Annual administration report of the Civil Veterinary Department of India - 1897-1898
Year: 1897
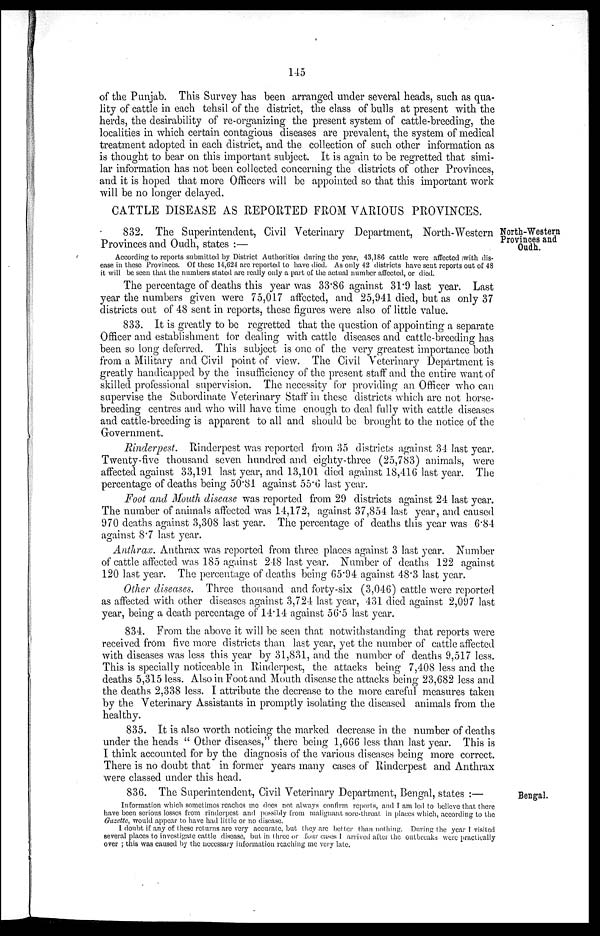
145
of the Punjab. This Survey has been arranged under several heads, such as qua-
lity of cattle in each tehsil of the district, the class of bulls at present with the
herds, the desirability of re-organizing the present system of cattle-breeding, the
localities in which certain contagious diseases are prevalent, the system of medical
treatment adopted in each district, and the collection of such other information as
is thought to bear on this important subject. It is again to be regretted that simi-
lar information has not been collected concerning the districts of other Provinces,
and it is hoped that more Officers will be appointed so that this important work
will be no longer delayed.
CATTLE DISEASE AS REPORTED FROM VARIOUS PROVINCES.
North-Western
Provinces and
Oudh.
832. The Superintendent, Civil Veterinary Department, North-Western
Provinces and Oudh, states:—
According to reports submitted by District Authorities during the year, 43,186 cattle were affected with dis-
ease in these Provinces. Of these 14,624 are reported to have died. As only 42 districts have sent reports out of 48
it will be seen that the numbers stated are really only a part of the actual number affected, or died.
The percentage of deaths this year was 33.86 against 31.9 last year. Last
year the numbers given were 75,017 affected, and 25,941 died, but as only 37
districts out of 48 sent in reports, these figures were also of little value.
833. It is greatly to be regretted that the question of appointing a separate
Officer and establishment for dealing with cattle diseases and cattle-breeding has
been so long deferred. This subject is one of the very greatest importance both
from a Military and Civil point of view. The Civil Veterinary Department is
greatly handicapped by the insufficiency of the present staff and the entire want of
skilled professional supervision. The necessity for providing an Officer who can
supervise the Subordinate Veterinary Staff in these districts which are not horse-
breeding centres and who will have time enough to deal fully with cattle diseases
and cattle-breeding is apparent to all and should be brought to the notice of the
Government.
Rinderpest.
Rinderpest was reported from 35 districts against 34 last year.
Twenty-five thousand seven hundred and eighty-three (25,783) animals, were
affected against 33,191 last year, and 13,101 died against 18,416 last year. The
percentage of deaths being 50.81 against 55.6 last year.
Foot and Mouth disease was reported from 29 districts against 24 last year.
The number of animals affected was 14,172, against 37,854 last year, and caused
970 deaths against 3,308 last year. The percentage of deaths this year was 6.84
against 8.7 last year.
Anthrax. Anthrax was reported from three places against 3 last year. Number
of cattle affected was 185 against 248 last year. Number of deaths 122 against
120 last year. The percentage of deaths being 65.94 against 48.3 last year.
Other diseases. Three thousand and forty-six (3,046) cattle were reported
as affected with other diseases against 3,724 last year, 431 died against 2,097 last
year, being a death percentage of 14.14 against 56.5 last year.
834. From the above it will be seen that notwithstanding that reports were
received from five more districts than last year, yet the number of cattle affected
with diseases was less this year by 31,831, and the number of deaths 9,517 less.
This is specially noticeable in Rinderpest, the attacks being 7,408 less and the
deaths 5,315 less. Also in Foot and Mouth disease the attacks being 23,682 less and
the deaths 2,338 less. I attribute the decrease to the more careful measures taken
by the Veterinary Assistants in promptly isolating the diseased animals from the
healthy.
835. It is also worth noticing the marked decrease in the number of deaths
under the heads "Other diseases," there being 1,666 less than last year. This is
I think accounted for by the diagnosis of the various diseases being more correct.
There is no doubt that in former years many cases of Rinderpest and Anthrax
were classed under this head.
Bengal.
836. The Superintendent, Civil Veterinary Department, Bengal, states:—
Information which sometimes reaches me does not always confirm reports, and I am led to believe that there
have been serious losses from rinderpest and possibly from malignant sore-throat in places which, according to the
Gazette, would appear to have had little or no disease.
I doubt if any of these returns are very accurate, but they are better than nothing. During the year I visited
several places to investigate cattle disease, but in three or four cases I arrived after the outbreaks were practically
over; this was caused by the necessary information reaching me very late.